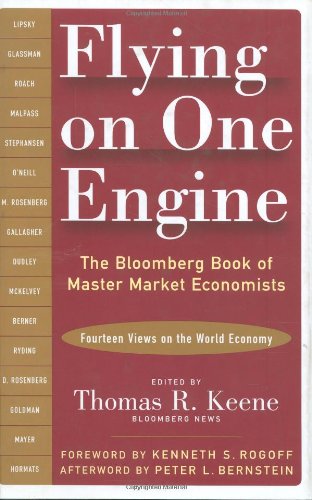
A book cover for Flying on One Engine: The Bloomberg Book of Master Market Economists; Thomas R. Keene; Business & Money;